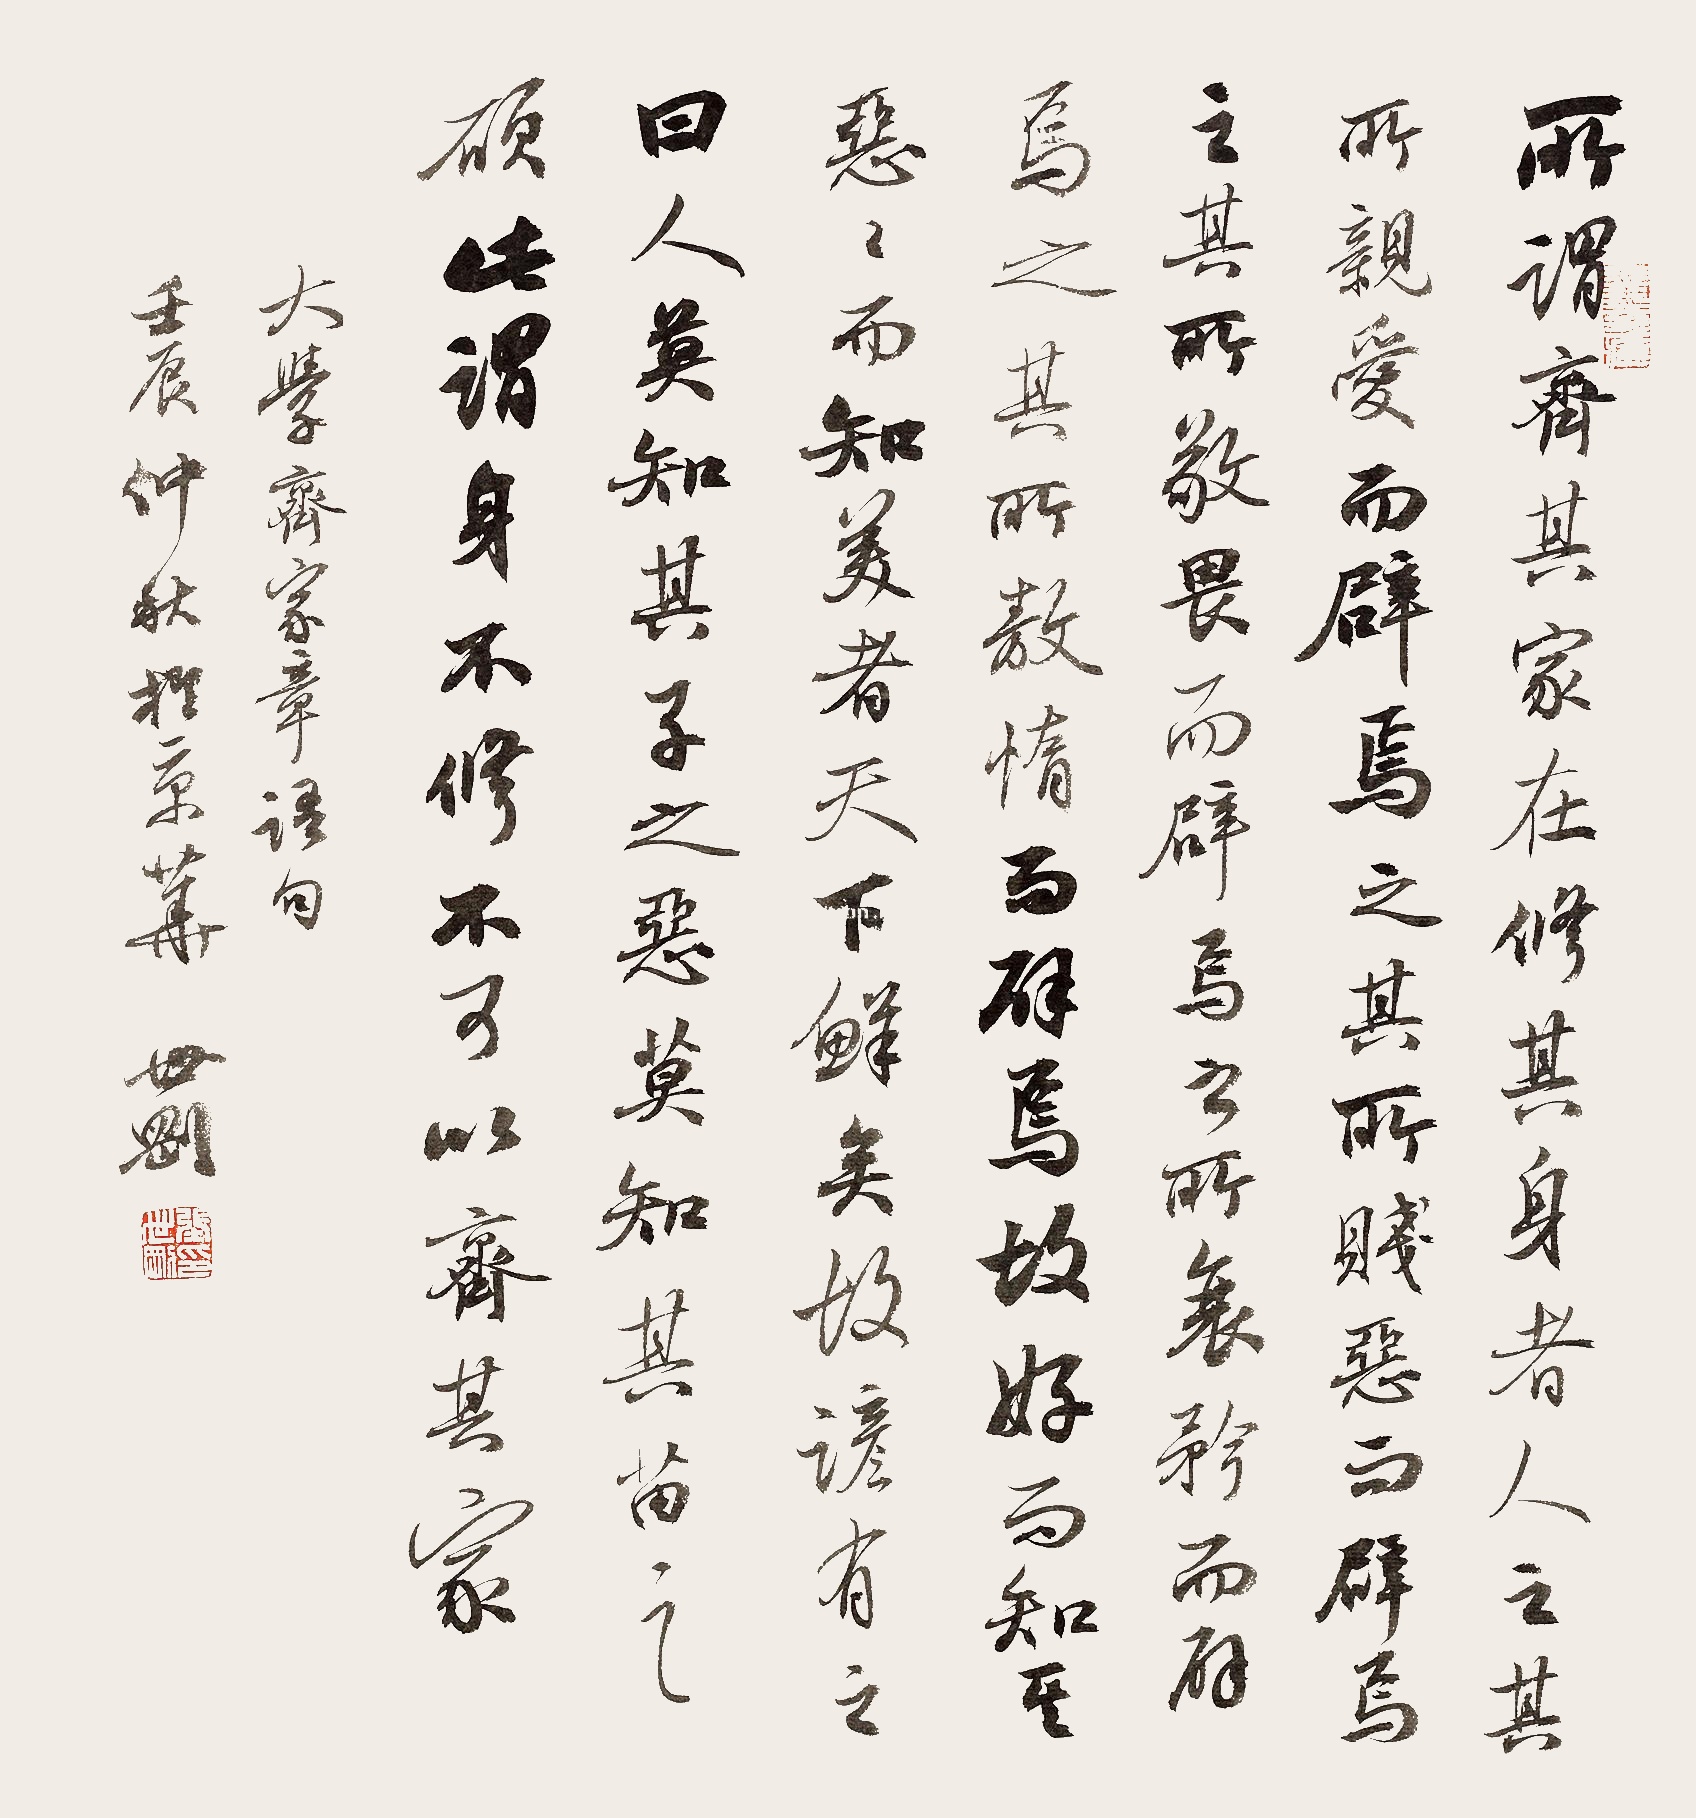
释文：所谓齐其家在修其身者，人之其所亲爱而辟焉，之其所贱恶而辟焉，之其所畏敬而辟焉，之其所哀矜而辟焉，之其所敖情而辟焉。故好而知其恶，恶而知其美者，天下鲜矣！故谚有之曰：“人莫知其子之恶，莫知其苗之硕。”此谓身不修不可以齐其家。大学齐家章语句。壬辰仲秋于京华世刚。